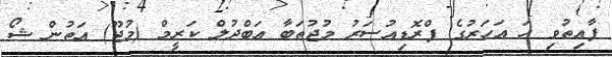
ފާއިތުވި ހަ އަހަރުގެ ޕްރޮޑިއުސަރު މުޖުތަބާ އަބްދުލް ކަރީމް (މުޖޫ) އަތުން ޝޯ